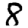
Digit: 8